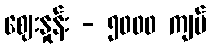
ဈေးနှုန်း - ၅၀၀၀ ကျပ်